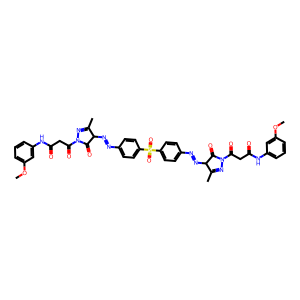
SMILES: COc1cccc(NC(=O)CC(=O)N2N=C(C)C(N=Nc3ccc(S(=O)(=O)c4ccc(N=NC5C(=O)N(C(=O)CC(=O)Nc6cccc(OC)c6)N=C5C)cc4)cc3)C2=O)c1
Inhibits HIV replication: No